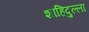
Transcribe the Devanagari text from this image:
शाहिदुल्ला